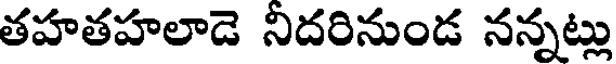
తహతహలాడె నిదరినుండ నన్నట్లు